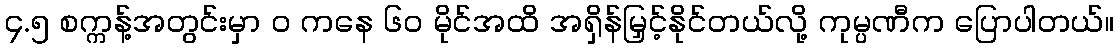
၄.၅ စက္ကန့်အတွင်းမှာ ၀ ကနေ ၆၀ မိုင်အထိ အရှိန်မြှင့်နိုင်တယ်လို့ ကုမ္ပဏီက ပြောပါတယ်။